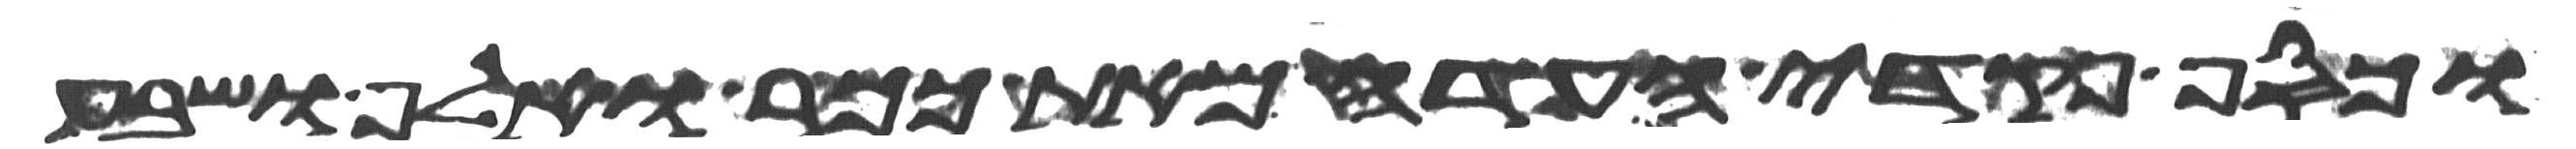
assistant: וכסף פקדי העדה מאת ככר ואלף ושבע